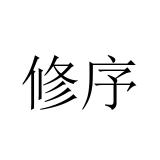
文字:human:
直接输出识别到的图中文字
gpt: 修序